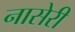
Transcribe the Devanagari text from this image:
नासेरी